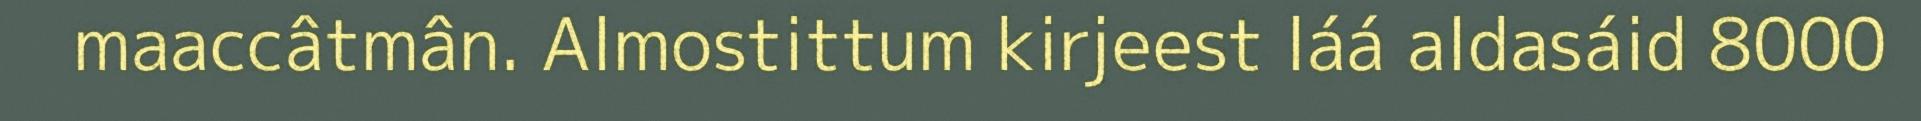
maaccâtmân. Almostittum kirjeest láá aldasáid 8000